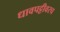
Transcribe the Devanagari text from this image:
धावपट्टीवरच